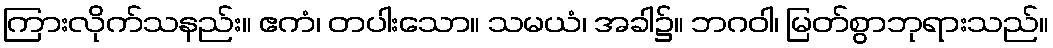
ကြားလိုက်သနည်း။ ဧကံ၊ တပါးသော။ သမယံ၊ အခါ၌။ ဘဂဝါ၊ မြတ်စွာဘုရားသည်။